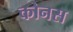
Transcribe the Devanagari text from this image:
कोनस